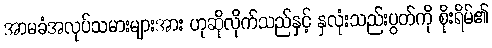
အာမခံအလုပ်သမားများအား ဟုဆိုလိုက်သည်နှင့် နှလုံးသည်းပွတ်ကို စိုးရိမ်၏